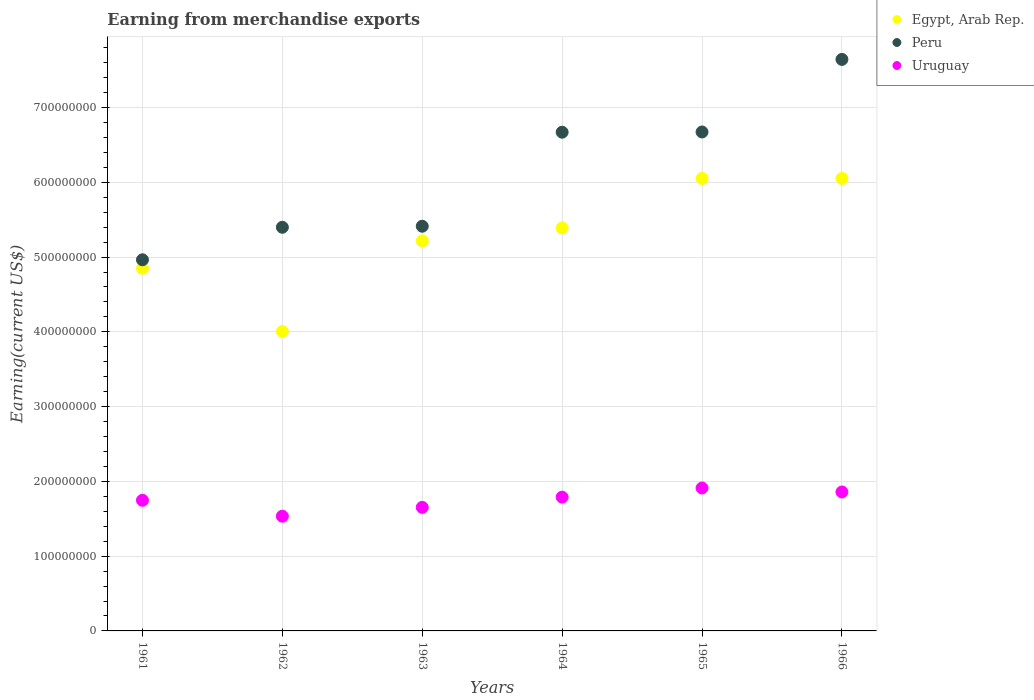
| Years | Egypt, Arab Rep. | Peru | Uruguay |
 | --- | --- | --- | --- |
 | 1961 | 4.85e+08 | 4.96e+08 | 1.75e+08 |
 | 1962 | 4.01e+08 | 5.4e+08 | 1.53e+08 |
 | 1963 | 5.22e+08 | 5.41e+08 | 1.65e+08 |
 | 1964 | 5.39e+08 | 6.67e+08 | 1.79e+08 |
 | 1965 | 6.05e+08 | 6.67e+08 | 1.91e+08 |
 | 1966 | 6.05e+08 | 7.64e+08 | 1.86e+08 |